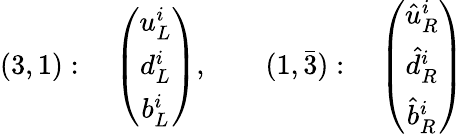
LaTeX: (3,1):\quad\left(\begin{array}{c}{{u_{L}^{i}}}\\ {{d_{L}^{i}}}\\ {{b_{L}^{i}}}\end{array}\right),~~~~\quad(1,\bar{3}):\quad\left(\begin{array}{c}{{\hat{u}_{R}^{i}}}\\ {{\hat{d}_{R}^{i}}}\\ {{\hat{b}_{R}^{i}}}\end{array}\right)